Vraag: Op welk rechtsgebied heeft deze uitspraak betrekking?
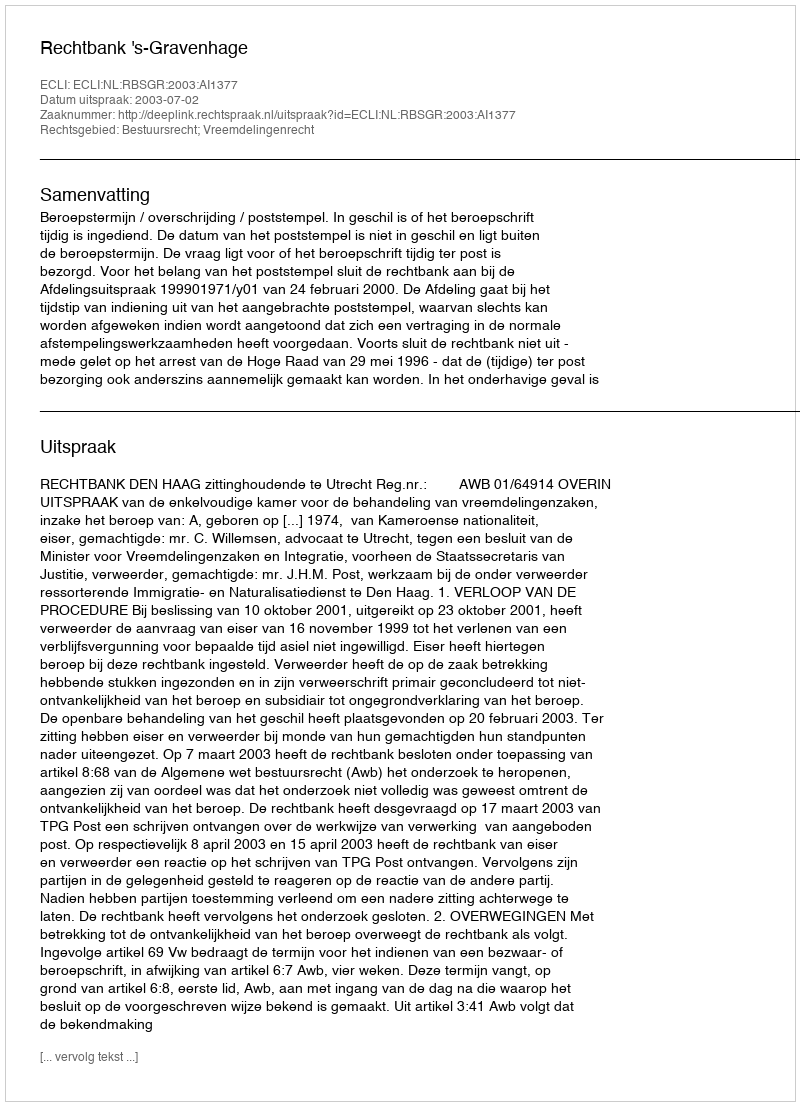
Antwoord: Bestuursrecht; Vreemdelingenrecht